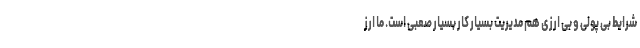
شرایط بی پولی و بی ارزی هم مدیریت بسیار کار بسیار صعبی است. ما ارز